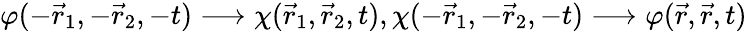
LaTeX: \varphi(-\vec{r}_{1},-\vec{r}_{2},-t)\longrightarrow\chi(\vec{r}_{1},\vec{r}_{2},t),\chi(-\vec{r}_{1},-\vec{r}_{2},-t)\longrightarrow\varphi(\vec{r},\vec{r},t)